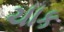
ચાક